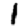
Digit: 1